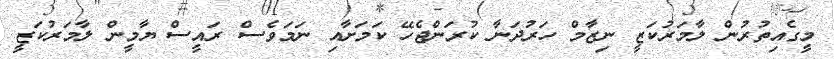
މީގެއިތުރުން ލާމަރުކަޒީ ނިޒާމް ހަރުދަނާ ކުރަންޖެހޭ ކަމަށާއި ނަމަވެސް ރައީސް ޔާމީން ލާމަރުކަޒީ